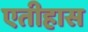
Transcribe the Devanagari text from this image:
एतीहास